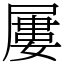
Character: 屢